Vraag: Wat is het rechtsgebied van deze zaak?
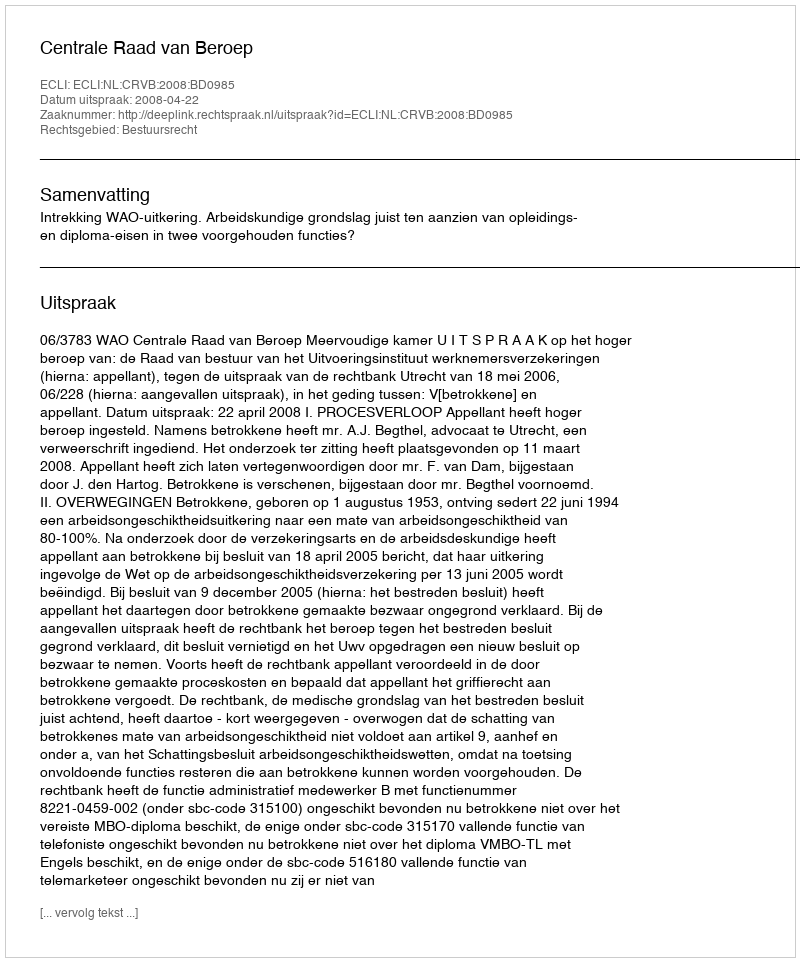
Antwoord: Bestuursrecht